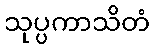
သုပ္ပကာသိတံ